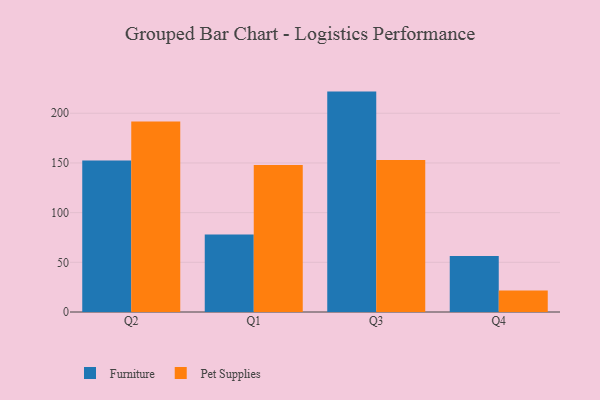
{"axis": {"x": "Quarter", "y": "Waste Production (Tons)"}, "legend": ["Furniture", "Pet Supplies"], "data": [{"x": "Q2", "y": 152.5, "type": "Furniture"}, {"x": "Q2", "y": 191.8, "type": "Pet Supplies"}, {"x": "Q1", "y": 78.1, "type": "Furniture"}, {"x": "Q1", "y": 148.0, "type": "Pet Supplies"}, {"x": "Q3", "y": 221.8, "type": "Furniture"}, {"x": "Q3", "y": 152.9, "type": "Pet Supplies"}, {"x": "Q4", "y": 56.4, "type": "Furniture"}, {"x": "Q4", "y": 21.6, "type": "Pet Supplies"}]}